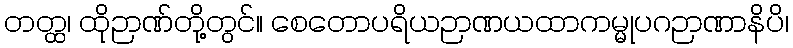
တတ္ထ၊ ထိုဉာဏ်တို့တွင်။ စေတောပရိယဉာဏယထာကမ္မုပဂဉာဏာနိပိ၊